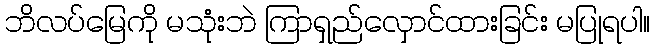
ဘိလပ်မြေကို မသုံးဘဲ ကြာရှည်လှောင်ထားခြင်း မပြုရပါ။